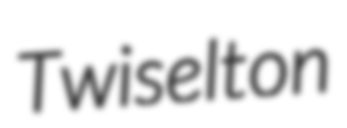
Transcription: Twiselton